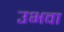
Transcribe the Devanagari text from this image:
उभवा